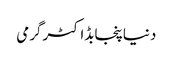
دنیاپنجابڈاکٹرگرمی